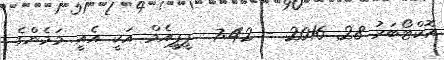
އޮކްޓޯބަރު 28